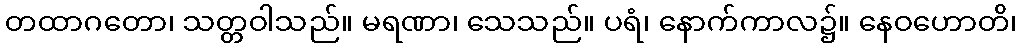
တထာဂတော၊ သတ္တဝါသည်။ မရဏာ၊ သေသည်။ ပရံ၊ နောက်ကာလ၌။ နေဝဟောတိ၊